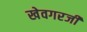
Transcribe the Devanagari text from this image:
खेवगरजी